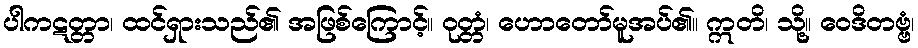
ပါကဋတ္တာ၊ ထင်ရှားသည်၏ အဖြစ်ကြောင့်။ ဝုတ္တံ၊ ဟောတော်မူအပ်၏။ ဣတိ၊ သို့။ ဝေဒိတဗ္ဗံ၊